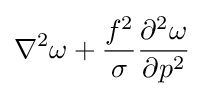
\displaystyle \nabla ^{2}\omega +{\frac {f^{2}}{\sigma }}{\frac {\partial ^{2}\omega }{\partial p^{2}}}